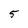
Character: 5